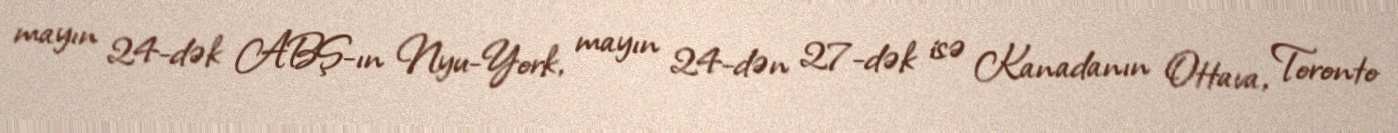
mayın 24-dək ABŞ-ın Nyu-York, mayın 24-dən 27-dək isə Kanadanın Ottava, Toronto